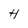
Character: H